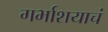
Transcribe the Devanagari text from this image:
गर्भाशयाचं